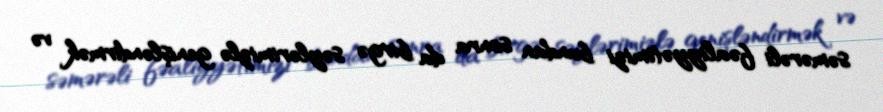
səmərəli fəaliyyətimizi bundan sonra da birgə səylərimizlə genişləndirmək və